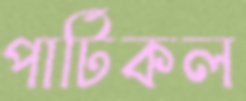
পার্টিকল